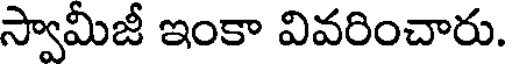
స్వామీజీ ఇంకా వివరించారు.